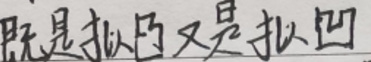
既是拟凸又是拟凹